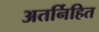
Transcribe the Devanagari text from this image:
अतर्निहित